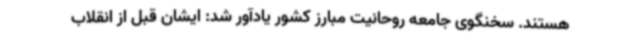
هستند. سخنگوی جامعه روحانیت مبارز کشور یادآور شد: ایشان قبل از انقلاب